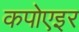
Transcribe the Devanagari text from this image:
कपोएइर